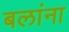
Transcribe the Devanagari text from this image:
बलांना